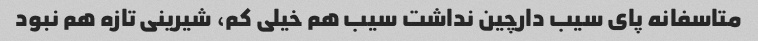
متاسفانه پای سیب دارچین نداشت سیب هم خیلی کم، شیرینی تازه هم نبود